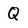
Character: Q